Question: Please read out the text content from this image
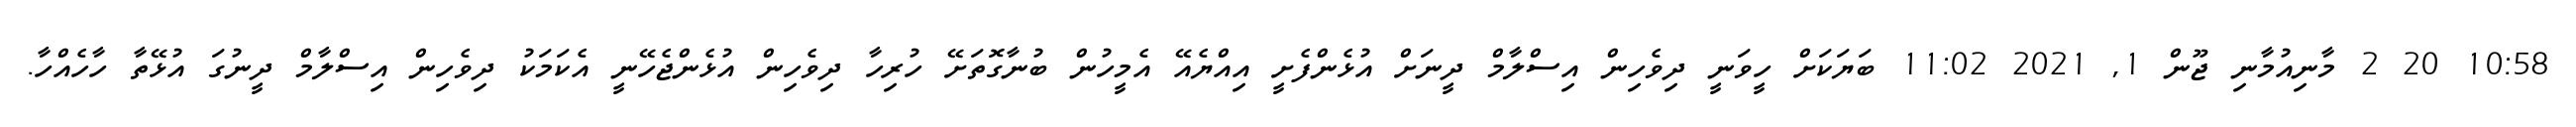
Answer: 10:58 20 2 މާނިއުމާނި ޖޫން 1, 2021 11:02 ބަޔަކަށް ހީވަނީ ދިވެހިން އިސްލާމް ދީނަށް އުޅެންފެށީ އިއްޔެއޭ އެމީހުން ބުނާގޮތަށޭ ހުރިހާ ދިވެހިން އުޅެންޖެހޭނީ އެކަމަކު ދިވެހިން އިސްލާމް ދީނުގަ އުޅޭތާ ހާހެއްހާ.